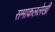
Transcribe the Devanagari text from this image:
समाकललेखी